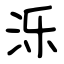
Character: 泺